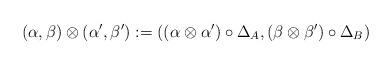
LaTeX: \begin{align*} (\alpha,\beta) \otimes (\alpha',\beta') &:= ((\alpha\otimes \alpha')\circ \Delta_{A},(\beta\otimes \beta')\circ \Delta_{B})\end{align*}